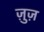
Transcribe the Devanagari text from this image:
ज़ुज़